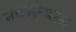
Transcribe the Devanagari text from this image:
नवसंन्यास